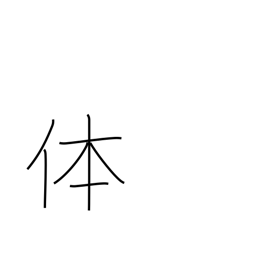
Meaning: reality